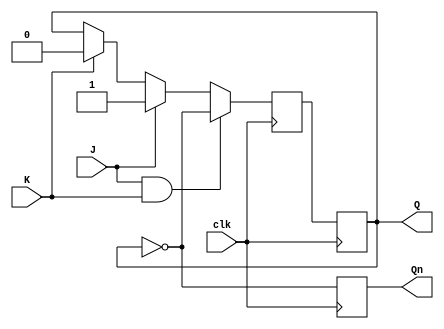
module negative_edge_jk_ff (
    input J, // Data input J
    input K, // Data input K
    input clk, // Clock input
    output reg Q, // Output Q
    output reg Qn // Complementary output Q'
);

reg Q_next;

always @(negedge clk) begin
    if (J & K) begin
        Q_next <= ~Q;
    end else if (J) begin
        Q_next <= 1'b1;
    end else if (K) begin
        Q_next <= 1'b0;
    end else begin
        Q_next <= Q;
    end
end

always @(posedge clk) begin
    Q <= Q_next;
    Qn <= ~Q;
end

endmodule